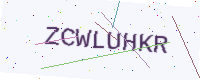
Text: ZCWLUHKR